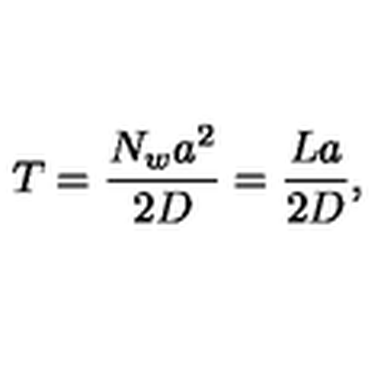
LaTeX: T = \frac { N _ { w } a ^ { 2 } } { 2 D } = \frac { L a } { 2 D } ,